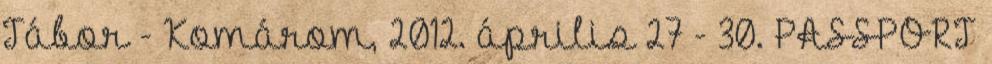
Tábor - Komárom, 2012. április 27 - 30. PASSPORT